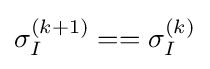
\sigma _{I}^{(k+1)}==\sigma _{I}^{(k)}